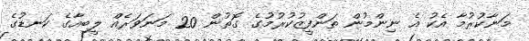
މަނާކުރުމާ އެކު އެ ނިންމުން ތަންފީޒުކުރުމުގެ ގޮތުން 20 މަނަވަރެއް ލީބިއާގެ ކަނޑުގެ